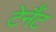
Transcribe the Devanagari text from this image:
टेनैंट